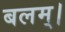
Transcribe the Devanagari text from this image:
बलम्।